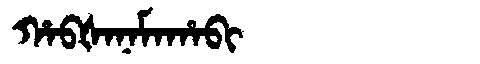
Manchu: ᡥᠠᠪᡧᠠᠨᠠᠮᠠᡥᠠᠪᡳ
Romanization: HABŠANAMAHABI